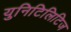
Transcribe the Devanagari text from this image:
युनिटिलिटिज